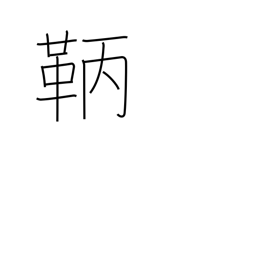
Meaning: archer's arm protector